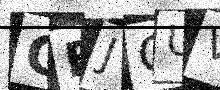
Text: GFJCUV